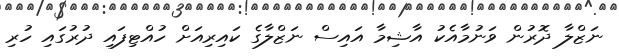
ނަޒްލާ ދޮރުން ވަނުމާއެކު އާޝިމާ އައިސް ނަޒްލާގެ ކައިރިއަށް ހުއްޓިފައި ދުރުގައި ހުރި